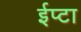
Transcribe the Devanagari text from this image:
ईप्टा